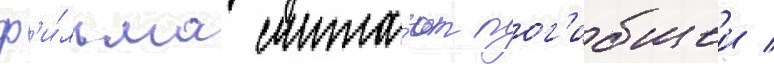
ф'и́льма счита́ют пог'ибшеи /